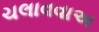
ચલાવવાઅ